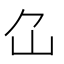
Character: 𡴲